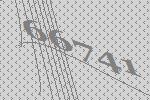
66741